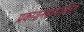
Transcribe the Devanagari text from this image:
प्रकाशनसंस्थांकरिता